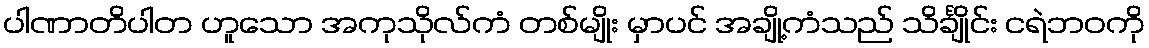
ပါဏာတိပါတ ဟူသော အကုသိုလ်ကံ တစ်မျိုး မှာပင် အချို့ကံသည် သိင်္ချိုင်း ငရဲဘဝကို